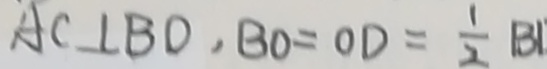
A C \bot B D , B O = O D = \frac { 1 } { 2 } B